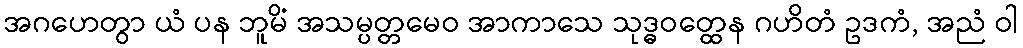
အဂဟေတွာ ယံ ပန ဘူမိံ အသမ္ပတ္တမေဝ အာကာသေ သုဒ္ဓဝတ္ထေန ဂဟိတံ ဥဒကံ, အညံ ဝါ